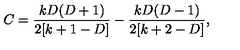
C = \frac { k D ( D + 1 ) } { 2 [ k + 1 - D ] } - \frac { k D ( D - 1 ) } { 2 [ k + 2 - D ] } ,